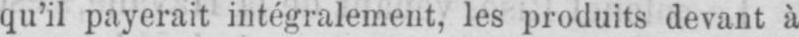
qu’il payerait intégralement, les produits devant à